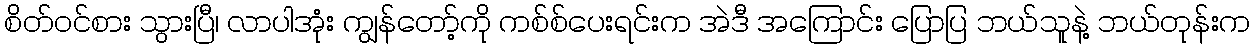
စိတ်ဝင်စား သွားပြီ၊ လာပါအုံး ကျွန်တော့်ကို ကစ်စ်ပေးရင်းက အဲဒီ အကြောင်း ပြောပြ ဘယ်သူနဲ့ ဘယ်တုန်းက